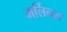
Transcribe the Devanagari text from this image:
मर्लिनस